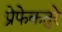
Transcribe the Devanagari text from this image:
प्रेफेकतुरे